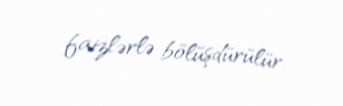
faizlərlə bölüşdürülür.